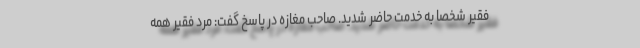
فقیر شخصاً به خدمت حاضر شدید. صاحب مغازه در پاسخ گفت: مرد فقیر همه